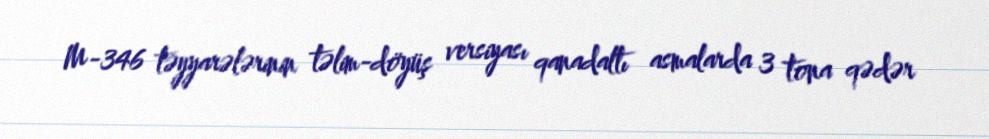
M-346 təyyarələrinin təlim-döyüş versiyası qanadaltı asmalarda 3 tona qədər